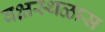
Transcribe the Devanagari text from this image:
वक्षस्थळास